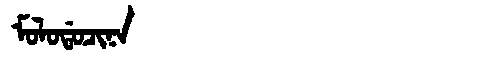
Manchu: ᠮᠣᠯᠣᡩᠣᠴᡳᠨᠠ
Romanization: MOLODOCINA